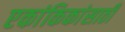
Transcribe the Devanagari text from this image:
एकांकिकांसाठी